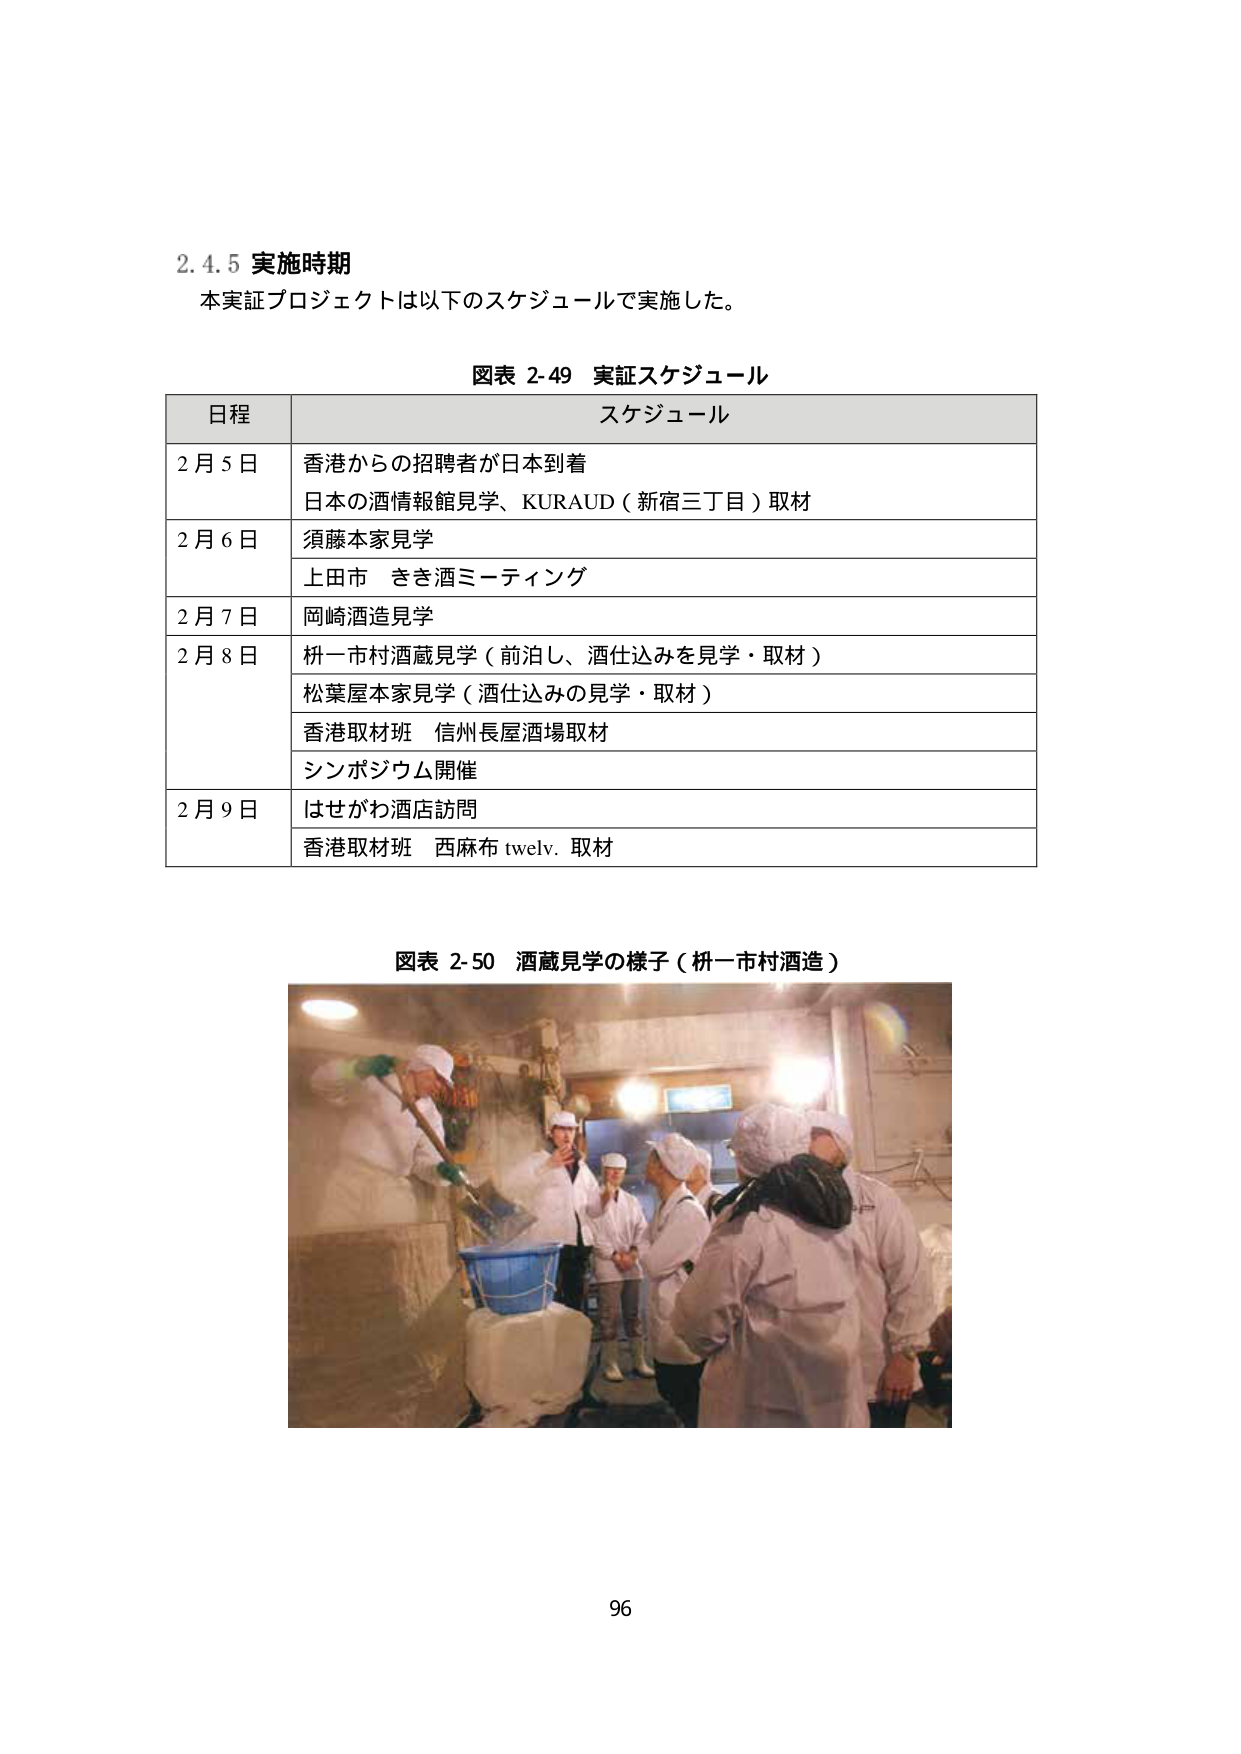
2.4.5 実施時期
本実証プロジェクトは以下のスケジュールで実施した。

図表 2-49 実証スケジュール
日程 スケジュール
2月5日 香港からの招聘者が日本到着
日本の酒情報館見学、KURAUD（新宿三丁目）取材
2月6日 須藤本家見学
上田市 きき酒ミーティング
2月7日 岡崎酒造見学
2月8日 桝一市村酒蔵見学（前泊し、酒仕込みを見学・取材）
松葉屋本家見学（酒仕込みの見学・取材）
香港取材班 信州長屋酒場取材
シンポジウム開催
2月9日 はせがわ酒店訪問
香港取材班 西麻布 twelv. 取材

図表 2-50 酒蔵見学の様子（枡一市村酒造）

96